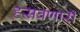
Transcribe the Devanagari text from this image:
हसवणारी